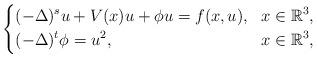
LaTeX: \begin{align*} \left\{ \aligned &(-\Delta)^{s} u+V(x)u+ \phi u=f(x,u), &x\in \mathbb{R}^3,\\ &(-\Delta)^{t} \phi=u^2, &x\in \mathbb{R}^3,\\ \endaligned\right.\end{align*}